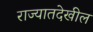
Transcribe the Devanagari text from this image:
राज्यातदेखील